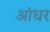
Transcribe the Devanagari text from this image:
आंधर